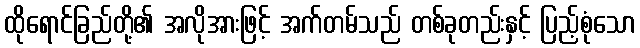
ထိုရောင်ခြည်တို့၏ အလိုအားဖြင့် အက်တမ်သည် တစ်ခုတည်းနှင့် ပြည့်စုံသော